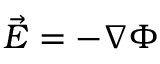
\vec { E } = - \nabla \Phi